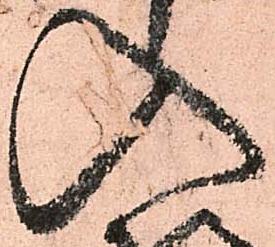
入